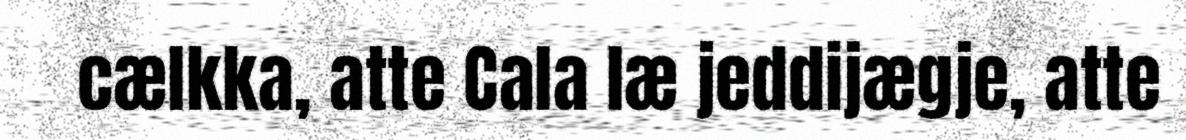
cælkka, atte Cala læ jeddijægje, atte